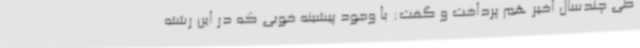
طی چندسال اخیر هم پرداخت و گفت: با وجود پیشینه خوبی که در این رشته